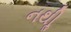
નથીૢ